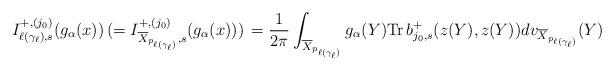
LaTeX: \begin{align*}I_{\ell(\gamma_\ell),s}^{+,(j_0)}(g_\alpha(x))\,(=I_{\overline X_{p_{\ell(\gamma_\ell)}},s}^{+,(j_0)}(g_\alpha(x)))\,=\frac{1}{2\pi}\int_{\overline X_{p_{\ell(\gamma_\ell)}}}g_\alpha(Y)\mathrm{Tr}\,b_{j_0,s}^+(z(Y), z(Y))dv_{\overline X_{p_{\ell(\gamma_\ell)}}}(Y)\end{align*}